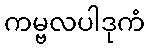
ကမ္ဗလပါဒုကံ